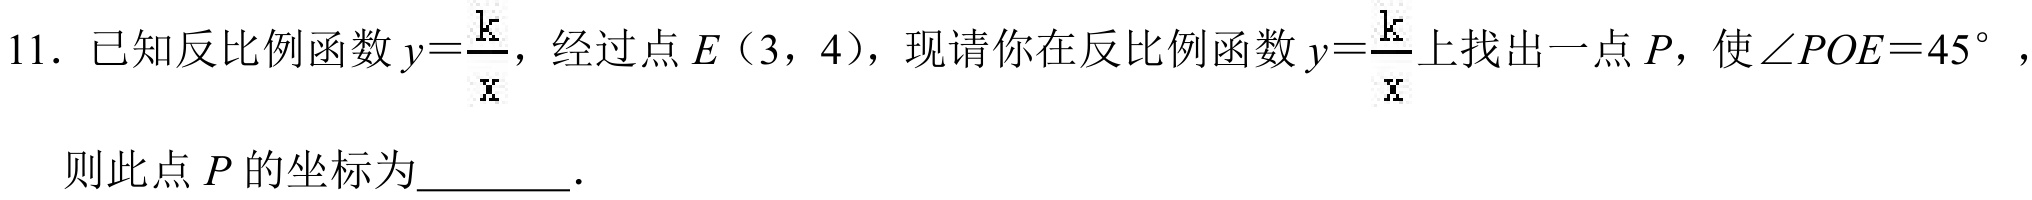
11. 已知反比例函数 \(y = \frac{k}{x}\)，经过点 \(E(3,4)\)，现请你在反比例函数 \(y=\frac{k}{x}\) 上找出一点 \(P\)，使 \(\angle POE = 45^{\circ}\)，
则此点 \(P\) 的坐标为________．